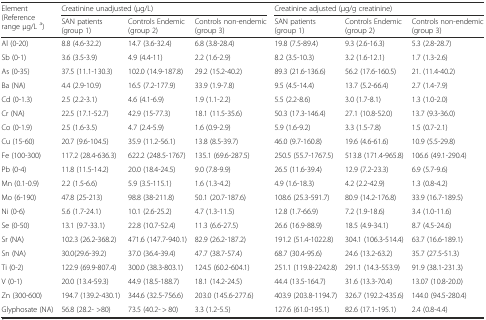
<table><thead><tr><td rowspan="2"><b>Element (Reference range μg/L <sup>a</sup>)</b></td><td colspan="3"><b>Creatinine unadjusted (μg/L)</b></td><td colspan="3"><b>Creatinine adjusted (μg/g creatinine)</b></td></tr><tr><td><b>SAN patients (group 1)</b></td><td><b>Controls Endemic (group 2)</b></td><td><b>Controls non-endemic (group 3)</b></td><td><b>SAN patients (group 1)</b></td><td><b>Controls Endemic (group 2)</b></td><td><b>Controls non-endemic (group 3)</b></td></tr></thead><tbody><tr><td>Al (0-20)</td><td>8.8 (4.6-32.2)</td><td>14.7 (3.6-32.4)</td><td>6.8 (3.8-28.4)</td><td>19.8 (7.5-89.4)</td><td>9.3 (2.6-16.3)</td><td>5.3 (2.8-28.7)</td></tr><tr><td>Sb (0-1)</td><td>3.6 (3.5-3.9)</td><td>4.9 (4.4-11)</td><td>2.2 (1.6-2.9)</td><td>8.2 (3.5-10.3)</td><td>3.2 (1.6-12.1)</td><td>1.7 (1.3-2.6)</td></tr><tr><td>As (0-35)</td><td>37.5 (11.1-130.3)</td><td>102.0 (14.9-187.8)</td><td>29.2 (15.2-40.2)</td><td>89.3 (21.6-136.6)</td><td>56.2 (17.6-160.5)</td><td>21. (11.4-40.2)</td></tr><tr><td>Ba (NA)</td><td>4.4 (2.9-10.9)</td><td>16.5 (7.2-177.9)</td><td>33.9 (1.9-7.8)</td><td>9.5 (4.5-14.4)</td><td>13.7 (5.2-66.4)</td><td>2.7 (1.4-7.9)</td></tr><tr><td>Cd (0-1.3)</td><td>2.5 (2.2-3.1)</td><td>4.6 (4.1-6.9)</td><td>1.9 (1.1-2.2)</td><td>5.5 (2.2-8.6)</td><td>3.0 (1.7-8.1)</td><td>1.3 (1.0-2.0)</td></tr><tr><td>Cr (NA)</td><td>22.5 (17.1-52.7)</td><td>42.9 (15-77.3)</td><td>18.1 (11.5-35.6)</td><td>50.3 (17.3-146.4)</td><td>27.1 (10.8-52.0)</td><td>13.7 (9.3-36.0)</td></tr><tr><td>Co (0-1.9)</td><td>2.5 (1.6-3.5)</td><td>4.7 (2.4-5.9)</td><td>1.6 (0.9-2.9)</td><td>5.9 (1.6-9.2)</td><td>3.3 (1.5-7.8)</td><td>1.5 (0.7-2.1)</td></tr><tr><td>Cu (15-60)</td><td>20.7 (9.6-104.5)</td><td>35.9 (11.2-56.1)</td><td>13.8 (8.5-39.7)</td><td>46.0 (9.7-160.8)</td><td>19.6 (4.6-61.6)</td><td>10.9 (5.5-29.8)</td></tr><tr><td>Fe (100-300)</td><td>117.2 (28.4-636.3)</td><td>622.2 (248.5-1767)</td><td>135.1 (69.6-287.5)</td><td>250.5 (55.7-1767.5)</td><td>513.8 (171.4-965.8)</td><td>106.6 (49.1-290.4)</td></tr><tr><td>Pb (0-4)</td><td>11.8 (11.5-14.2)</td><td>20.0 (18.4-24.5)</td><td>9.0 (7.8-9.9)</td><td>26.5 (11.6-39.4)</td><td>12.9 (7.2-23.3)</td><td>6.9 (5.7-9.6)</td></tr><tr><td>Mn (0.1-0.9)</td><td>2.2 (1.5-6.6)</td><td>5.9 (3.5-115.1)</td><td>1.6 (1.3-4.2)</td><td>4.9 (1.6-18.3)</td><td>4.2 (2.2-42.9)</td><td>1.3 (0.8-4.2)</td></tr><tr><td>Mo (6-190)</td><td>47.8 (25-213)</td><td>98.8 (38-211.8)</td><td>50.1 (20.7-187.6)</td><td>108.6 (25.3-591.7)</td><td>80.9 (14.2-176.8)</td><td>33.9 (16.7-189.5)</td></tr><tr><td>Ni (0-6)</td><td>5.6 (1.7-24.1)</td><td>10.1 (2.6-25.2)</td><td>4.7 (1.3-11.5)</td><td>12.8 (1.7-66.9)</td><td>7.2 (1.9-18.6)</td><td>3.4 (1.0-11.6)</td></tr><tr><td>Se (0-50)</td><td>13.1 (9.7-33.1)</td><td>22.8 (10.7-52.4)</td><td>11.3 (6.6-27.5)</td><td>26.6 (16.9-88.9)</td><td>18.5 (4.9-34.1)</td><td>8.7 (4.5-24.6)</td></tr><tr><td>Sr (NA)</td><td>102.3 (26.2-368.2)</td><td>471.6 (147.7-940.1)</td><td>82.9 (26.2-187.2)</td><td>191.2 (51.4-1022.8)</td><td>304.1 (106.3-514.4)</td><td>63.7 (16.6-189.1)</td></tr><tr><td>Sn (NA)</td><td>30.0(29.6-39.2)</td><td>37.0 (36.4-39.4)</td><td>47.7 (38.7-57.4)</td><td>68.7 (30.4-95.6)</td><td>24.6 (13.2-63.2)</td><td>35.7 (27.5-51.3)</td></tr><tr><td>Ti (0-2)</td><td>122.9 (69.9-807.4)</td><td>300.0 (38.3-803.1)</td><td>124.5 (60.2-604.1)</td><td>251.1 (119.8-2242.8)</td><td>291.1 (14.3-553.9)</td><td>91.9 (38.1-231.3)</td></tr><tr><td>V (0-1)</td><td>20.0 (13.4-59.3)</td><td>44.9 (18.5-188.7)</td><td>18.1 (14.2-24.5)</td><td>44.4 (13.5-164.7)</td><td>31.6 (13.3-70.4)</td><td>13.07 (10.8-20.0)</td></tr><tr><td>Zn (300-600)</td><td>194.7 (139.2-430.1)</td><td>344.6 (32.5-756.6)</td><td>203.0 (145.6-277.6)</td><td>403.9 (203.8-1194.7)</td><td>326.7 (192.2-435.6)</td><td>144.0 (94.5-280.4)</td></tr><tr><td>Glyphosate (NA)</td><td>56.8 (28.2- &gt;80)</td><td>73.5 (40.2- &gt; 80)</td><td>3.3 (1.2-5.5)</td><td>127.6 (61.0-195.1)</td><td>82.6 (17.1-195.1)</td><td>2.4 (0.8-4.4)</td></tr></tbody></table>